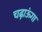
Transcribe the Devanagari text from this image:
चढ़ाऊंगा